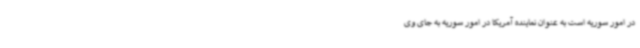
در امور سوریه است به عنوان نماینده آمریکا در امور سوریه به جای وی